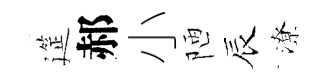
筵郝小陋辰潦